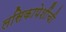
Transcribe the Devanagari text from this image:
लसिकापेशींची